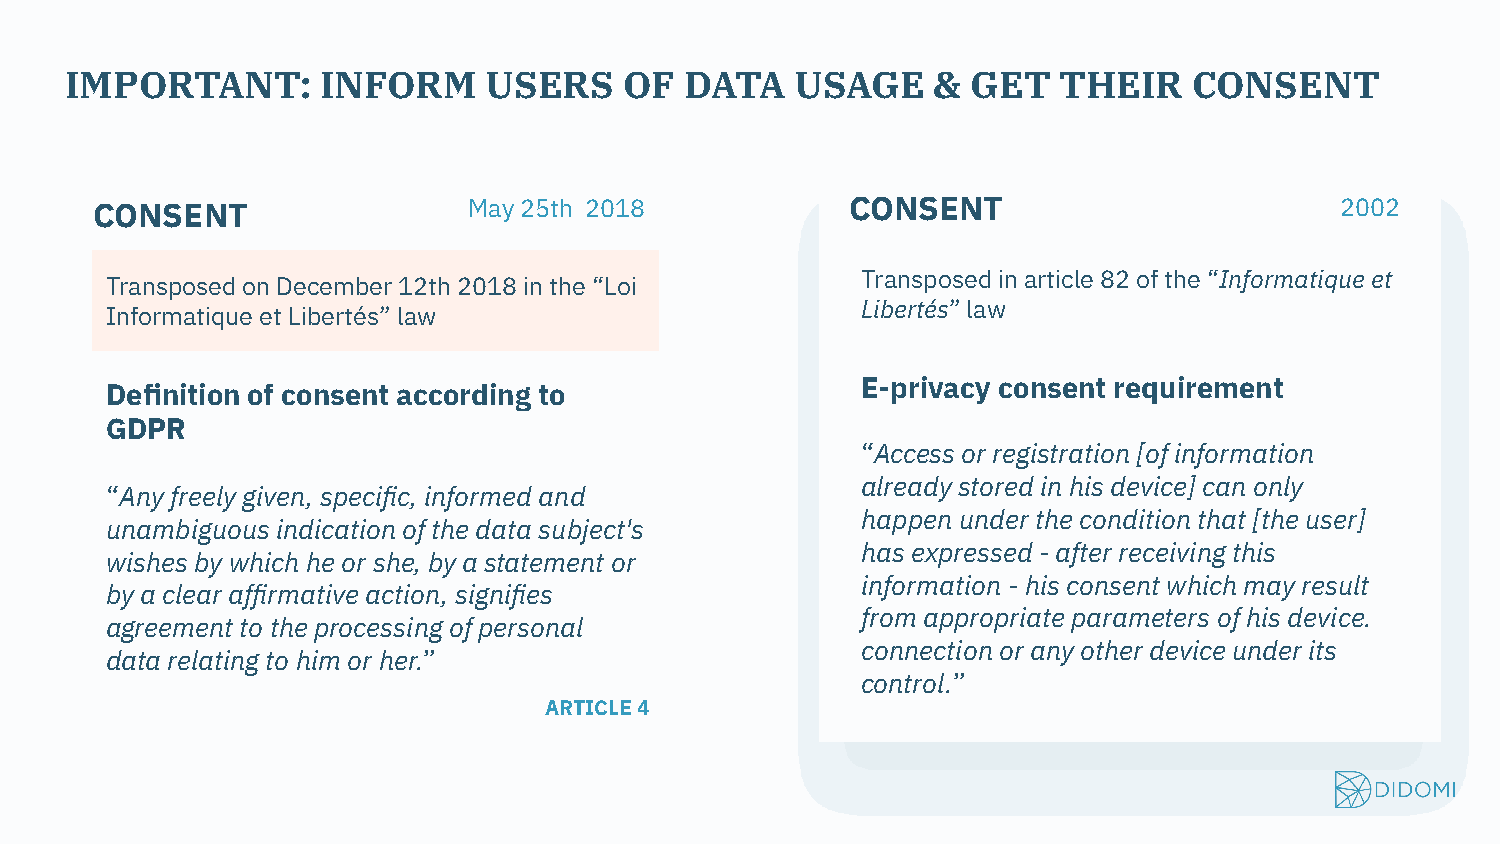
IMPORTANT:       INFORM     USERS    OF  DATA    USAGE    & GET   THEIR    CONSENT
 CONSENT                  May 25th 2018            CONSENT                          2002
 Transposed in article 82 of the “Informatique et
 Transposed on December 12th 2018 in the “Loi
 Libertés” law
 Informatique et Libertés” law
 E-privacy consent requirement
 Definition of consent according to
 GDPR
 “Access or registration [of information
 already stored in his device] can only
 “Any freely given, specific, informed and
 happen under the condition that [the user]
 unambiguous indication of the data subject's
 has expressed - after receiving this
 wishes by which he or she, by a statement or
 information - his consent which may result
 by a clear affirmative action, signifies
 from appropriate parameters of his device.
 agreement to the processing of personal
 connection or any other device under its
 data relating to him or her.”
 control.”
 ARTICLE 4